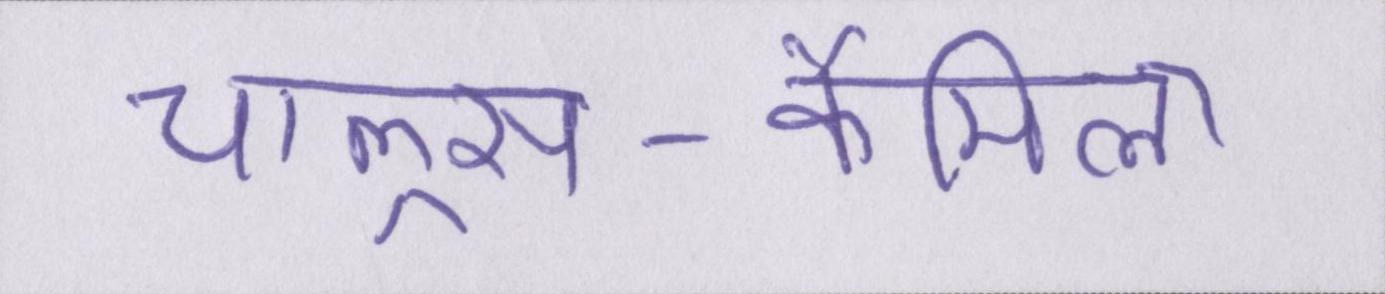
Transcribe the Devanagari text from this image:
चाल्र्स-कैमिला